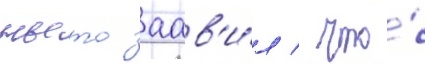
ньето заав'и́л / что́